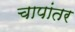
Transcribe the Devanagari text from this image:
चापांतर